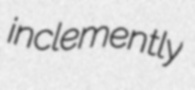
inclemently